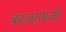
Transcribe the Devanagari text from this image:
बदलरामजी